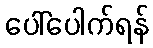
ပေါ်ပေါက်ရန်